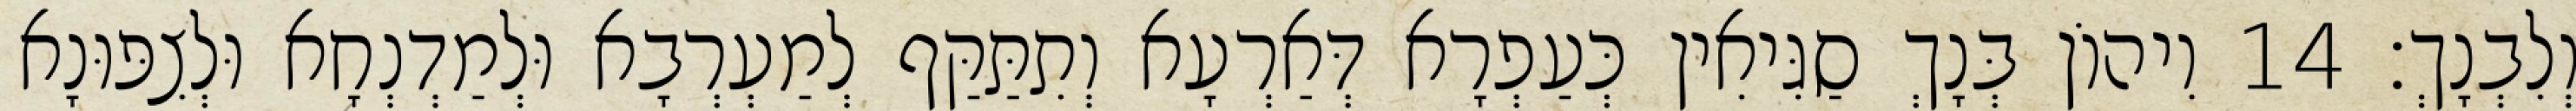
וְלִבְנָךְ׃ 14 וִיהוֹן בְּנָךְ סַגִּיאִין כְּעַפְרָא דְּאַרְעָא וְתִתַּקַּף לְמַעְרְבָא וּלְמַדְנְחָא וּלְצִפּוּנָא